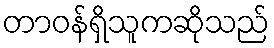
တာဝန်ရှိသူကဆိုသည်